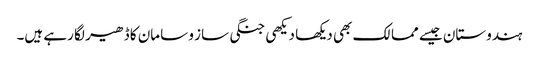
ہندوستان جیسے ممالک بھی دیکھا دیکھی جنگی ساز و سامان کا ڈھیر لگا رہے ہیں۔